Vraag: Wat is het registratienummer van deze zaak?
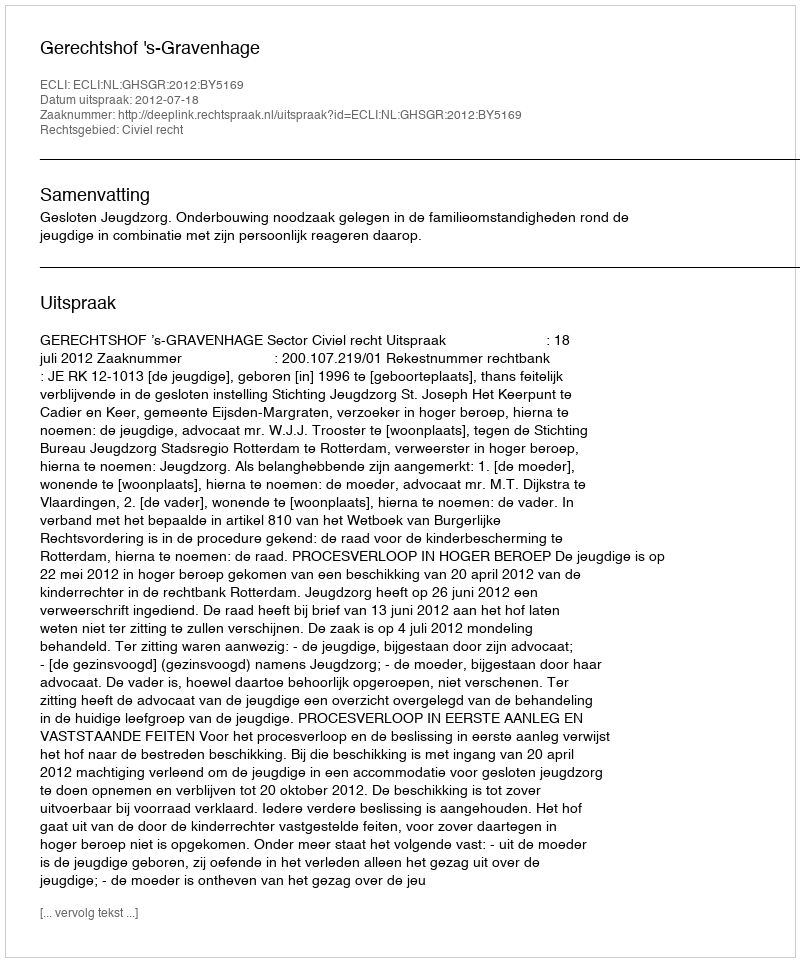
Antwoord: http://deeplink.rechtspraak.nl/uitspraak?id=ECLI:NL:GHSGR:2012:BY5169